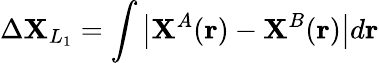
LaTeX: \Delta\mathbf{X}_{L_{1}}=\int\big|\mathbf{X}^{A}(\mathbf{{r}})-\mathbf{X}^{B}(\mathbf{{r}})\big|d\mathbf{{r}}